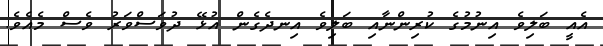
އެއީ ބަލިވެ އިނުމުގެ ކުރިންނާއި ބަލިވެ އިނދެގެން އުޅޭ ދުވަސްވަރު ވެސް މެއެވެ.